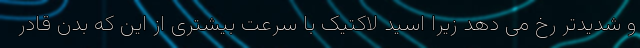
و شدیدتر رخ می دهد زیرا اسید لاکتیک با سرعت بیشتری از این که بدن قادر